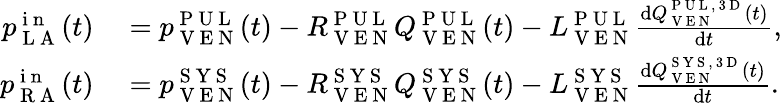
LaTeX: \begin{array}{rl}{p_{\mathrm{~L~A~}}^{\mathrm{~i~n~}}(t)}&{{}=p_{\mathrm{~V~E~N~}}^{\mathrm{~P~U~L~}}(t)-R_{\mathrm{~V~E~N~}}^{\mathrm{~P~U~L~}}Q_{\mathrm{~V~E~N~}}^{\mathrm{~P~U~L~}}(t)-L_{\mathrm{~V~E~N~}}^{\mathrm{~P~U~L~}}\frac{\mathrm dQ_{\mathrm{~V~E~N~}}^{\mathrm{~P~U~L~,~3~D~}}(t)}{\mathrm dt},}\\ {p_{\mathrm{~R~A~}}^{\mathrm{~i~n~}}(t)}&{{}=p_{\mathrm{~V~E~N~}}^{\mathrm{~S~Y~S~}}(t)-R_{\mathrm{~V~E~N~}}^{\mathrm{~S~Y~S~}}Q_{\mathrm{~V~E~N~}}^{\mathrm{~S~Y~S~}}(t)-L_{\mathrm{~V~E~N~}}^{\mathrm{~S~Y~S~}}\frac{\mathrm dQ_{\mathrm{~V~E~N~}}^{\mathrm{~S~Y~S~,~3~D~}}(t)}{\mathrm dt}.}\end{array}